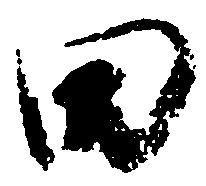
田